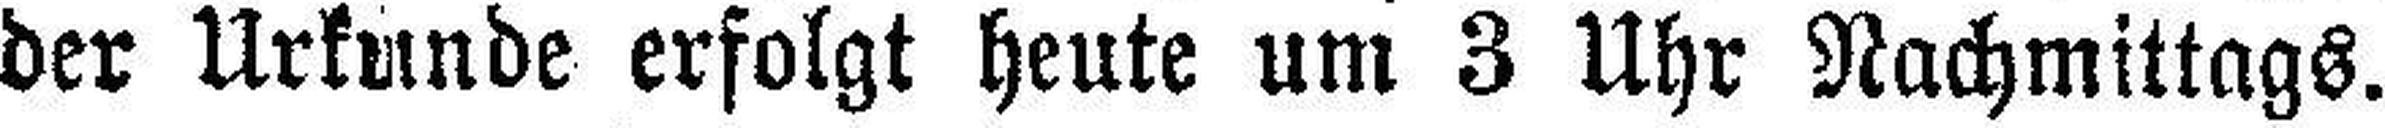
der Urkunde erfolgt heute um 3 Uhr Nachmittags.